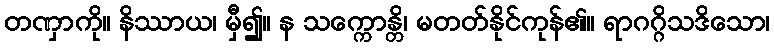
တဏှာကို။ နိဿာယ၊ မှီ၍။ န သက္ကောန္တိ၊ မတတ်နိုင်ကုန်၏။ ရာဂဂ္ဂိသဒိသော၊